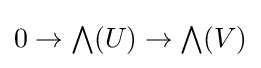
0\to {\textstyle \bigwedge }(U)\to {\textstyle \bigwedge }(V)